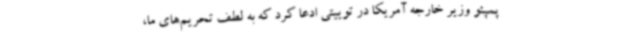
پمپئو وزیر خارجه آمریکا در توییتی ادعا کرد که به لطف تحریم‌های ما،